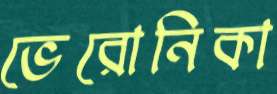
ভেরোনিকা